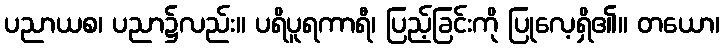
ပညာယစ၊ ပညာ၌လည်း။ ပရိပူရကာရီ၊ ပြည့်ခြင်းကို ပြုလေ့ရှိ၏။ တယော၊